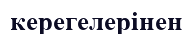
керегелерінен